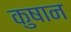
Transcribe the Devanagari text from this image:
कुषान